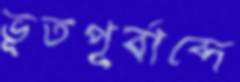
ভূতপূর্বাব্দে